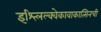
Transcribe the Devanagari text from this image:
इश्त्लिल्क्वेकावाकात्सिनची